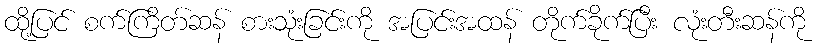
ထို့ပြင် စက်ကြိတ်ဆန် စားသုံးခြင်းကို အပြင်းအထန် တိုက်ခိုက်ပြီး လုံးတီးဆန်ကို